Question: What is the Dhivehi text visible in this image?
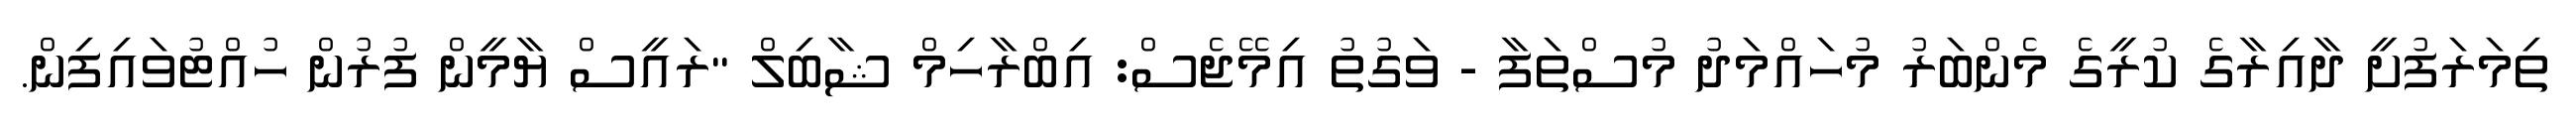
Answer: ތިމަރަފުށީ ދާއިރާގެ ކުރީގެ މެންބަރު މުހައްމަދު މުސްތަފާ - ވަގުތު އިމޭޖެސް: އިބްރާހިމް ޝާބިލް "ރައީސް ޔާމީން ފުރުން ހުއްޓުވައިފިން.